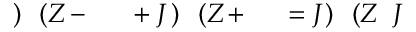
J \! \! \! \! \! \! \! \! \! \! \! \! ( Z \! \! \! \! \! \! \! \! \! \! \! \! ) \! \! \! \! \! \! \! \! \! \! \! \! = J \! \! \! \! \! \! \! \! \! \! \! \! ^ { \! } \! \! \! \! \! \! \! \! \! \! \! + \! \! \! \! \! \! \! \! \! \! \! \! ( Z \! \! \! \! \! \! \! \! \! \! \! \! ) \! \! \! \! \! \! \! \! \! \! \! \! + J \! \! \! \! \! \! \! \! \! \! \! \! ^ { \! } \! \! \! \! \! \! \! \! \! \! \! - \! \! \! \! \! \! \! \! \! \! \! \! ( Z \! \! \! \! \! \! \! \! \! \! \! \! ) \! \! \! \! \! \! \! \! \! \! \!